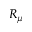
R _ { \mu }